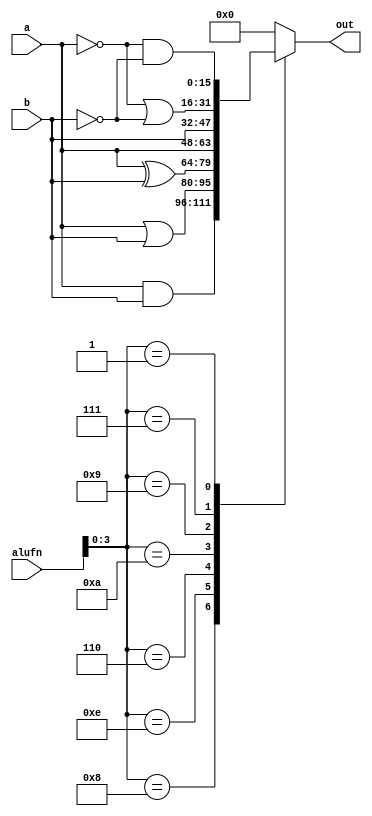
module boolean_16_10 (
    input [15:0] a,
    input [15:0] b,
    input [5:0] alufn,
    output reg [15:0] out
  );
  
  
  
  always @* begin
    
    case (alufn[0+3-:4])
      4'h8: begin
        out = a & b;
      end
      4'he: begin
        out = a | b;
      end
      4'h6: begin
        out = a ^ b;
      end
      4'ha: begin
        out = a;
      end
      4'h9: begin
        out = b;
      end
      4'h7: begin
        out = ~a | ~b;
      end
      4'h1: begin
        out = ~a & ~b;
      end
      default: begin
        out = 16'h0000;
      end
    endcase
  end
endmodule